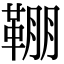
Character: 𩋒